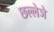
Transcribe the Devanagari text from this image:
छल्लेञे